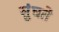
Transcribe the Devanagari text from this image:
सुंघते